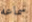
سماعه